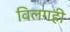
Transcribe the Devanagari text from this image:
विलगही